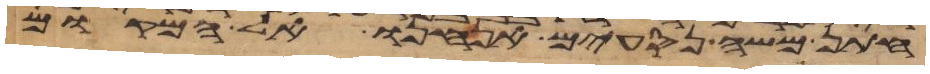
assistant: חתן משה נסעים אנחנו אל המקום